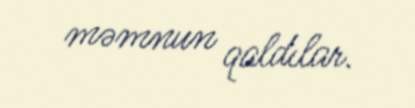
məmnun qaldılar.